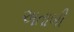
અતાબી